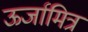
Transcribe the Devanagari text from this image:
ऊर्जामित्र